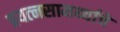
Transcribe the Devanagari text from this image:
प्रयत्‍नसामर्थ्याचे